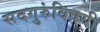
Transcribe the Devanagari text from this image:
सदगुरुंविषयी